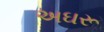
અઘરૂ